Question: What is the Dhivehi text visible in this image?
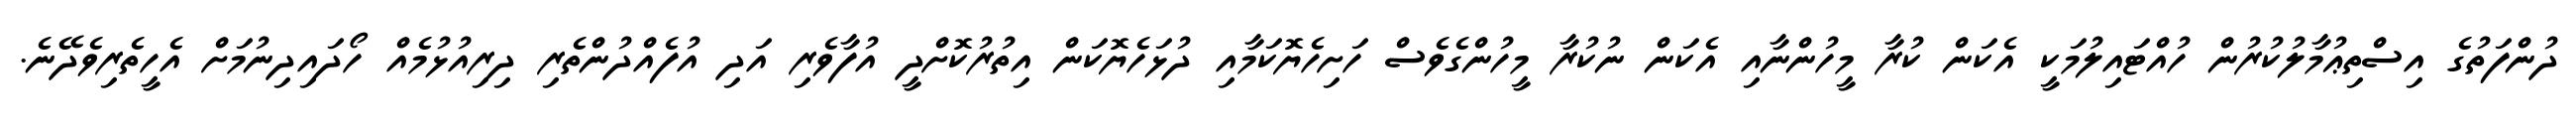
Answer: ދުންފަތުގެ އިސްތިޢުމާލުކުރުން ހުއްޓައިލުމަކީ އެކަން ކުރާ މީހުންނާއި އެކަން ނުކުރާ މީހުންގެވެސް ހަށިހެޔޮކަމާއި ދުޅަހެޔޮކަން އިތުރުކޮށްދީ އުފާވެރި އަދި އުފެއްދުންތެރި ދިރިއުޅުމެއް ހޯދައިދިނުމަށް އެހީތެރިވެދޭނެ.